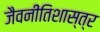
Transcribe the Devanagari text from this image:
जैवनीतिशास्त्र